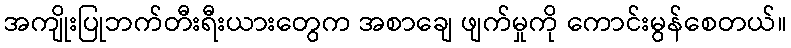
အကျိုးပြုဘက်တီးရီးယားတွေက အစာချေ ဖျက်မှုကို ကောင်းမွန်စေတယ်။